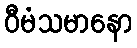
ဝီမံသမာနော